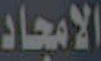
الامجاد